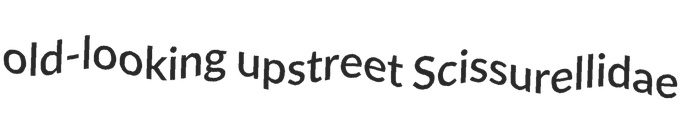
old-looking upstreet Scissurellidae